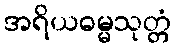
အရိယဓမ္မသုတ္တံ